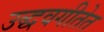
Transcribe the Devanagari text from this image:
उद्धवगीतेत